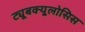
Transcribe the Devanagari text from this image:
ट्यूबक्यूलोसिस